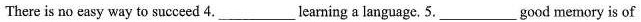
There is no easy way to succeed 4. ____learning a language. 5. ___good memory is of